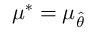
\mu ^ { * } = \mu _ { \hat { \theta } }